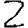
Digit: 2